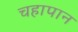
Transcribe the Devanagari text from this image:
चहापान